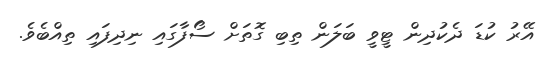
އޭރު ކުޑަ ދެކުދިން ޓީވީ ބަލަން ތިބި ގޮތަށް ސޯފާގައި ނިދިފައި ތިއްބެވެ.